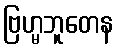
ဗြဟ္မဘူတေန